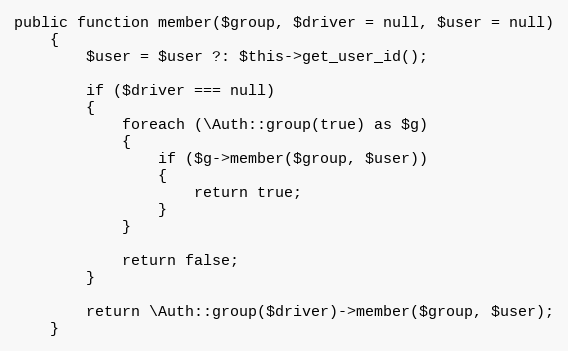
Language: PHP
public function member($group, $driver = null, $user = null)
	{
		$user = $user ?: $this->get_user_id();

		if ($driver === null)
		{
			foreach (\Auth::group(true) as $g)
			{
				if ($g->member($group, $user))
				{
					return true;
				}
			}

			return false;
		}

		return \Auth::group($driver)->member($group, $user);
	}